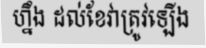
ហ្នឹង ដល់ខែវាត្រូវឡើង